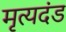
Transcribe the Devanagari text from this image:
मृत्यदंड